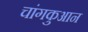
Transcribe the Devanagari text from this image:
चांगकुआन